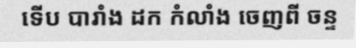
ទើប បារាំង ដក កំលាំង ចេញពី ចន្ទ